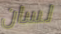
لسان